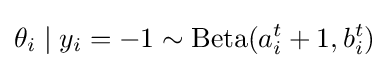
\theta _{i}\mid y_{i}=-1\sim \mathrm {Beta} (a_{i}^{t}+1,b_{i}^{t})